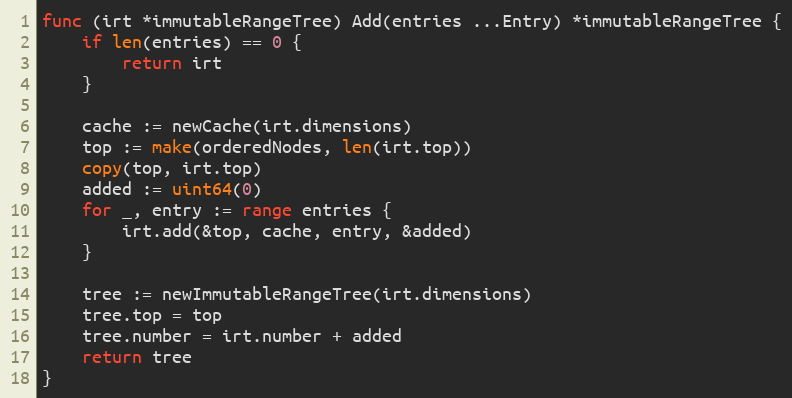
Language: Go
func (irt *immutableRangeTree) Add(entries ...Entry) *immutableRangeTree {
	if len(entries) == 0 {
		return irt
	}

	cache := newCache(irt.dimensions)
	top := make(orderedNodes, len(irt.top))
	copy(top, irt.top)
	added := uint64(0)
	for _, entry := range entries {
		irt.add(&top, cache, entry, &added)
	}

	tree := newImmutableRangeTree(irt.dimensions)
	tree.top = top
	tree.number = irt.number + added
	return tree
}